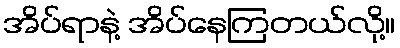
အိပ်ရာနဲ့ အိပ်နေကြတယ်လို့။